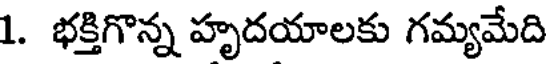
1. భక్తిగొన్న హృదయాలకు గమ్యమేది